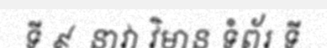
ទី ៩  នាវា វិមាន ទំព័រ ទី